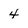
Character: 4